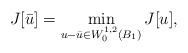
LaTeX: \begin{align*}J[\bar u]=\min_{ u-\bar u\in W^{1,2}_0(B_1) } J[u],\end{align*}